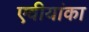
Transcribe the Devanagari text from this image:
एवीयांका